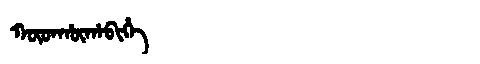
Manchu: ᡴᡡᡨᡥᡡᡥᠠᠪᡳᡥᡝ
Romanization: KŪTHŪHABIHE